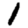
Digit: 1